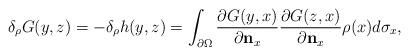
LaTeX: \begin{align*}\delta_\rho G(y,z)=-\delta_\rho h(y,z)=\int_{\partial \Omega}\frac{\partial G(y,x)}{\partial \mathbf{n}_x}\frac{\partial G(z,x)}{\partial \mathbf{n}_x}\rho(x)d\sigma_x,\end{align*}